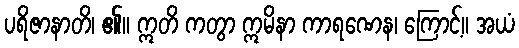
ပရိဇာနာတိ၊ ၏။ ဣတိ ကတွာ ဣမိနာ ကာရဏေန၊ ကြောင့်။ အယံ